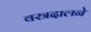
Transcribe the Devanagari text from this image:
वस्त्रदालने